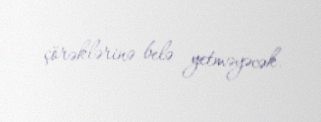
çörəklərinə belə yetməyəcək.